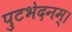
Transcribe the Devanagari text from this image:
पुटभेदनम्।